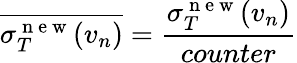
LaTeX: \overline{{\sigma_{T}^{\mathrm{~n~e~w~}}(v_{n})}}=\frac{\sigma_{T}^{\mathrm{~n~e~w~}}(v_{n})}{counter}